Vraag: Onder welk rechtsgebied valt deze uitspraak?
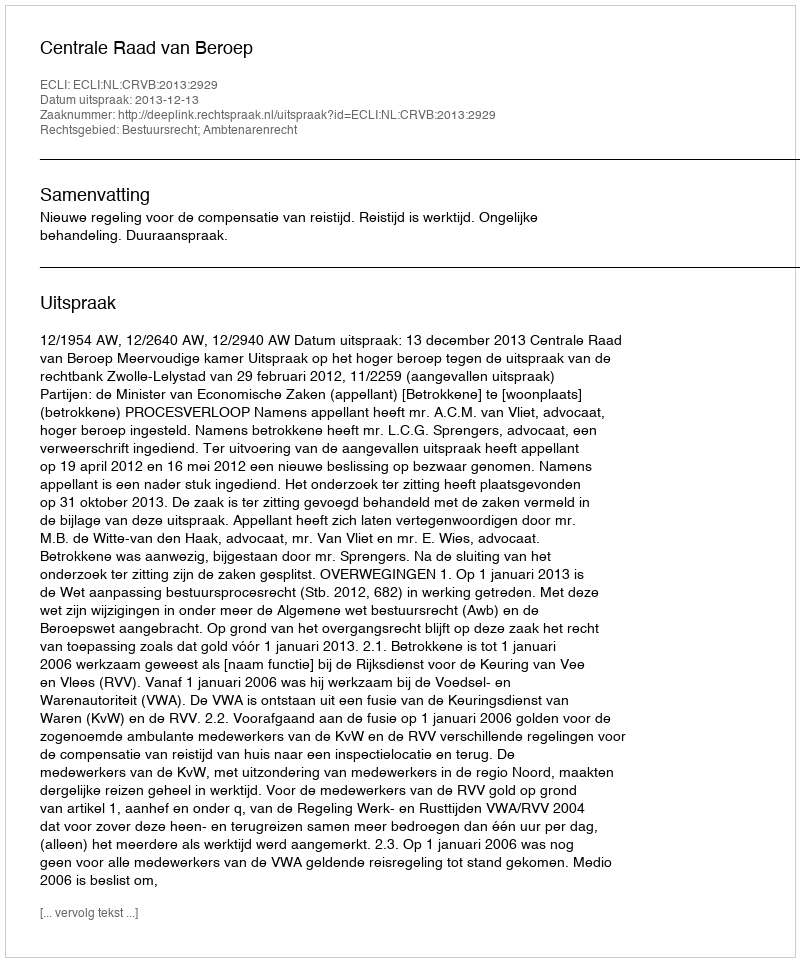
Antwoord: Bestuursrecht; Ambtenarenrecht